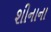
શીનાના